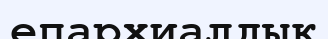
епархиалдық